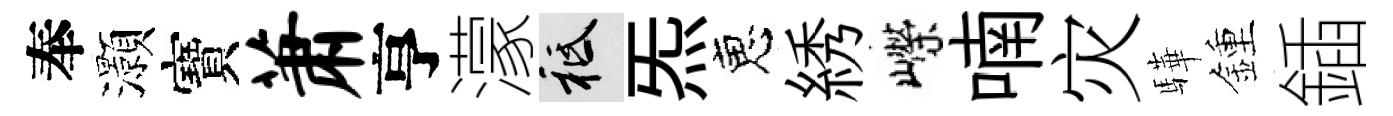
奉灝寶萧亨濛祇炁恵綉嶸喃灾驊鍾鍤